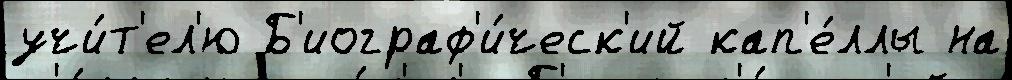
учи́т'ел'ю Б'иограф'и́ческ'ий кап'е́ллы на